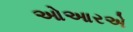
ઓઆરએ